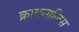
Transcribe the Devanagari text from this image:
क्रायसालिस